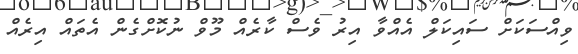
ވިއްސަކަށް ސައިކަލް އެއްވާ އިރު ވެސް ކާރެއް މޫވް ނުކޮށްގެން އެތައް އިރެއް